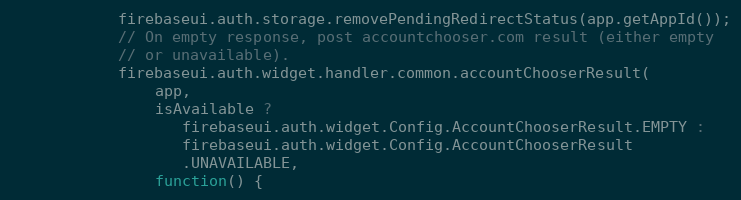
Language: JavaScript
            firebaseui.auth.storage.removePendingRedirectStatus(app.getAppId());
            // On empty response, post accountchooser.com result (either empty
            // or unavailable).
            firebaseui.auth.widget.handler.common.accountChooserResult(
                app,
                isAvailable ?
                   firebaseui.auth.widget.Config.AccountChooserResult.EMPTY :
                   firebaseui.auth.widget.Config.AccountChooserResult
                   .UNAVAILABLE,
                function() {